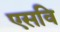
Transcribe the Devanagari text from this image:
एसवि